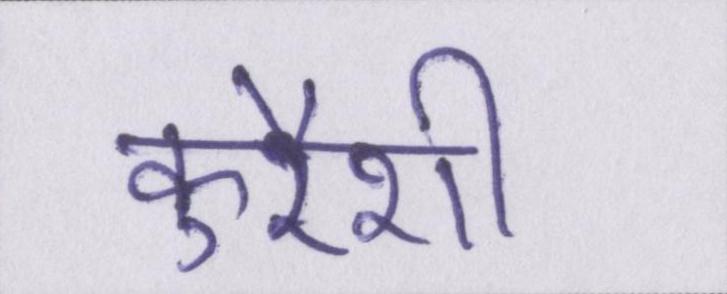
कुरैशी